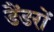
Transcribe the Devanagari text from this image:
डैंडरों